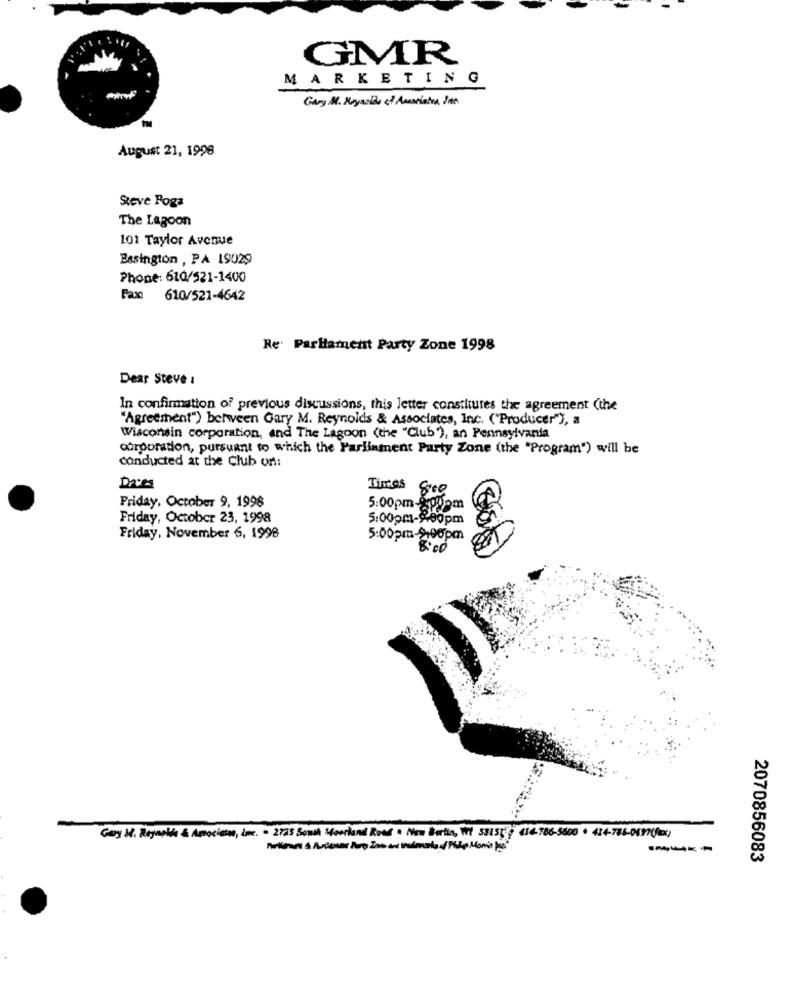
GMR
MARKETING
Gary M. Miguelds of Amariston, Jan
August 21, 1998
Steve Foga
The Lagoon
101 Taylor Avenue
Essington , PA 19029
Phone: 610/521-1400
Pax 610/521-4642
Re: Parlament Party Zone 1998
Dear Steve :
In confirmation of previous discussions, this letter constitutes the agreement (the
"Agreement") between Gary M. Reynolds & Associates, Inc. ("Producer"), a
Wisconsin corporation, and The Lagoon (the "Club'), an Pennsylvania
corporation, pursuant to which the Parliament Party Zone (the "Program") will be
conducted at the Club on:
Tintes
8:00
Friday, October 9, 1998
5:00pm-2009m
Friday, October 23, 1998
5:00pm-2:00pm
Friday, November 6, 1998
5:00pm-2:00pm
8:00
Gay H. Reynolds & Associates, inc. - 2725 South Moorland Road . New Berlin, WY 53155 414.786-5600 + 434-786-0197(mx)
-----
2070856083